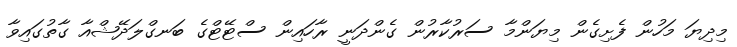
މިދިޔަ މަހުން ފެށިގެން މިޔަންމާ ސަރުކާރުން ގެންދަނީ ރާހައިން ސްޓޭޓްގެ ބަނގްލަދޭޝްއާ ގާތުގައިވާ